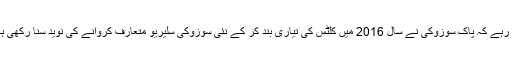
یاد رہے کہ پاک سوزوکی نے سال 2016 میں کلٹس کی تیاری بند کر کے نئی سوزوکی سلیریو متعارف کروانے کی نوید سنا رکھی ہے۔